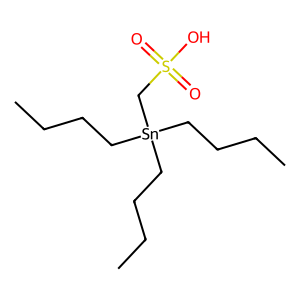
SMILES: CCCC[Sn](CCCC)(CCCC)CS(=O)(=O)O
Inhibits HIV replication: No